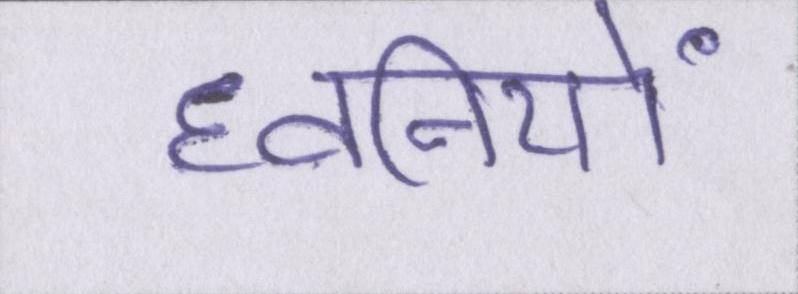
ध्वनियों